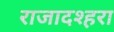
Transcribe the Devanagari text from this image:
राजादश्हरा